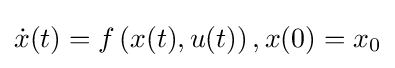
{\dot {x}}(t)=f\left(x(t),u(t)\right),x(0)=x_{0}